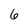
Character: 6